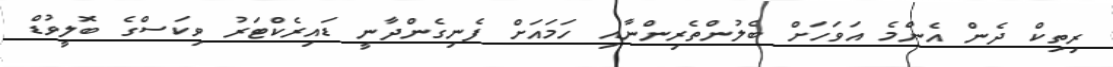
ރިތިކް ދެން އެންމެ އަވަހަށް ބެލުންތެރިންނާއި ހަމައަށް ފެނިގެންދާނީ ޑައިރެކްޓަރު ވިކަސްގެ ބޮލީވުޑް